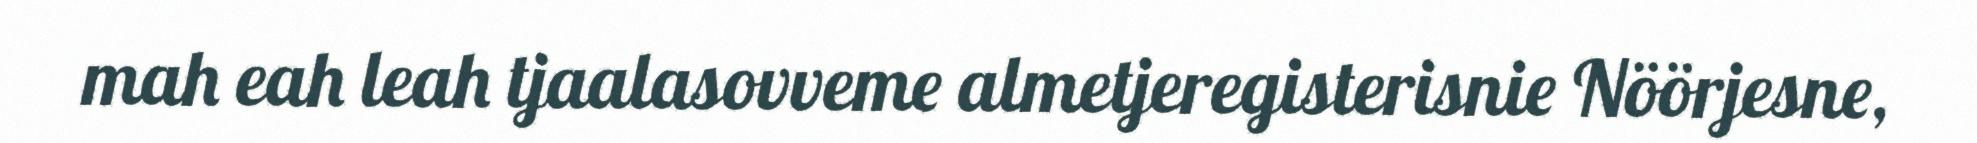
mah eah leah tjaalasovveme almetjeregisterisnie Nöörjesne,